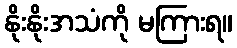
နိုးနိုးအသံကို မကြားရ။